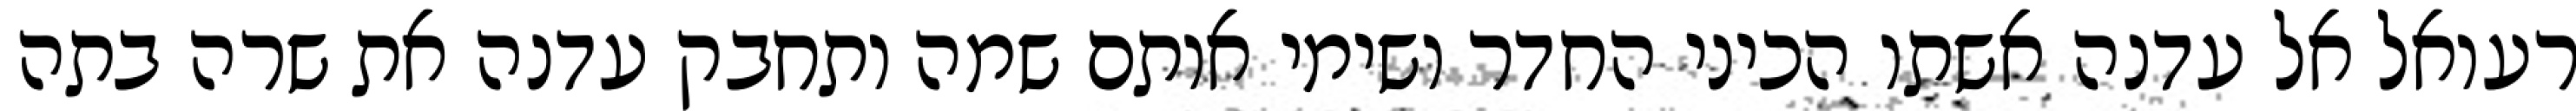
רעואל אל עדנה אשתו הכיני החדר ושימי אותם שמה ותחבק עדנה את שרה בתה